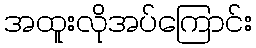
အထူးလိုအပ်ကြောင်း